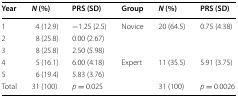
<table><thead><tr><td><b>Year</b></td><td><b><i>N</i> (%)</b></td><td><b>PRS (SD)</b></td><td><b>Group</b></td><td><b><i>N</i> (%)</b></td><td><b>PRS (SD)</b></td></tr></thead><tbody><tr><td>1</td><td>4 (12.9)</td><td>−1.25 (2.5)</td><td rowspan="3">Novice</td><td rowspan="3">20 (64.5)</td><td rowspan="3">0.75 (4.38)</td></tr><tr><td>2</td><td>8 (25.8)</td><td>0.00 (2.67)</td></tr><tr><td>3</td><td>8 (25.8)</td><td>2.50 (5.98)</td></tr><tr><td>4</td><td>5 (16.1)</td><td>6.00 (4.18)</td><td rowspan="2">Expert</td><td rowspan="2">11 (35.5)</td><td rowspan="2">5.91 (3.75)</td></tr><tr><td>5</td><td>6 (19.4)</td><td>5.83 (3.76)</td></tr><tr><td>Total</td><td>31 (100)</td><td><i>p</i> = 0.025</td><td>[EMPTY_CELL]</td><td>31 (100)</td><td><i>p</i> = 0.0026</td></tr></tbody></table>